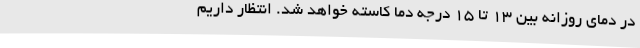
در دمای روزانه بین 13 تا 15 درجه دما کاسته خواهد شد. انتظار داریم